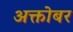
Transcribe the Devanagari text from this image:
अक्तोबर